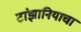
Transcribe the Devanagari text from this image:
टांझानियाचा